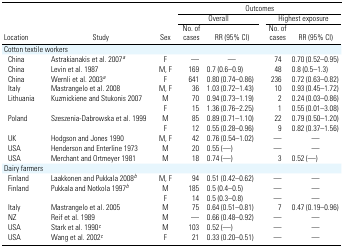
<table><thead><tr><td></td><td></td><td></td><td colspan="4"><b>Outcomes</b></td></tr><tr><td></td><td></td><td></td><td colspan="2"><b>Overall</b></td><td colspan="2"><b>Highest exposure</b></td></tr><tr><td><b>Location</b></td><td><b>Study</b></td><td><b>Sex</b></td><td><b>No. of cases</b></td><td><b>RR (95% CI)</b></td><td><b>No. of cases</b></td><td><b>RR (95% CI)</b></td></tr></thead><tbody><tr><td colspan="7">Cotton textile workers</td></tr><tr><td> China</td><td>Astrakianakis et al. 2007a</td><td>F</td><td>—</td><td>—</td><td>74</td><td>0.70 (0.52–0.95)</td></tr><tr><td> China</td><td>Levin et al. 1987</td><td>M, F</td><td>169</td><td>0.7 (0.6–0.9)</td><td>48</td><td>0.8 (0.5–1.3)</td></tr><tr><td> China</td><td>Wernli et al. 2003a</td><td>F</td><td>641</td><td>0.80 (0.74–0.86)</td><td>236</td><td>0.72 (0.63–0.82)</td></tr><tr><td> Italy</td><td>Mastrangelo et al. 2008</td><td>M, F</td><td>36</td><td>1.03 (0.72–1.43)</td><td>10</td><td>0.93 (0.45–1.72)</td></tr><tr><td> Lithuania</td><td>Kuzmickiene and Stukonis 2007</td><td>M</td><td>70</td><td>0.94 (0.73–1.19)</td><td>2</td><td>0.24 (0.03–0.86)</td></tr><tr><td></td><td></td><td>F</td><td>15</td><td>1.36 (0.76–2.25)</td><td>1</td><td>0.55 (0.01–3.08)</td></tr><tr><td> Poland</td><td>Szeszenia-Dabrowska et al. 1999</td><td>M</td><td>85</td><td>0.89 (0.71–1.10)</td><td>22</td><td>0.79 (0.50–1.20)</td></tr><tr><td></td><td></td><td>F</td><td>12</td><td>0.55 (0.28–0.96)</td><td>9</td><td>0.82 (0.37–1.56)</td></tr><tr><td> UK</td><td>Hodgson and Jones 1990</td><td>M, F</td><td>42</td><td>0.76 (0.54–1.02)</td><td>—</td><td>—</td></tr><tr><td> USA</td><td>Henderson and Enterline 1973</td><td>M</td><td>20</td><td>0.55 (—)</td><td>—</td><td>—</td></tr><tr><td> USA</td><td>Merchant and Ortmeyer 1981</td><td>M</td><td>18</td><td>0.74 (—)</td><td>3</td><td>0.52 (—)</td></tr><tr><td colspan="7">Dairy farmers</td></tr><tr><td> Finland</td><td>Laakkonen and Pukkala 2008b</td><td>M, F</td><td>94</td><td>0.51 (0.42–0.62)</td><td>—</td><td>—</td></tr><tr><td> Finland</td><td>Pukkala and Notkola 1997b</td><td>M</td><td>185</td><td>0.5 (0.4–0.5)</td><td>—</td><td>—</td></tr><tr><td></td><td></td><td>F</td><td>14</td><td>0.5 (0.3–0.8)</td><td>—</td><td>—</td></tr><tr><td> Italy</td><td>Mastrangelo et al. 2005</td><td>M</td><td>75</td><td>0.64 (0.51–0.81)</td><td>7</td><td>0.47 (0.19–0.96)</td></tr><tr><td> NZ</td><td>Reif et al. 1989</td><td>M</td><td>—</td><td>0.66 (0.48–0.92)</td><td>—</td><td>—</td></tr><tr><td> USA</td><td>Stark et al. 1990c</td><td>M</td><td>103</td><td>0.52 (—)</td><td>—</td><td>—</td></tr><tr><td> USA</td><td>Wang et al. 2002c</td><td>F</td><td>21</td><td>0.33 (0.20–0.51)</td><td>—</td><td>—</td></tr></tbody></table>